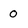
Character: 0